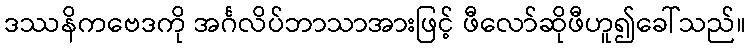
ဒဿနိကဗေဒကို အင်္ဂလိပ်ဘာသာအားဖြင့် ဖီလော်ဆိုဖီဟူ၍ခေါ်သည်။